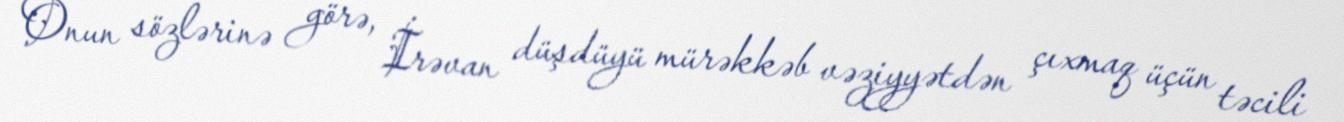
Onun sözlərinə görə, İrəvan düşdüyü mürəkkəb vəziyyətdən çıxmaq üçün təcili